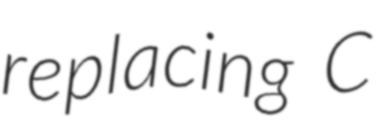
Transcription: replacing C